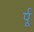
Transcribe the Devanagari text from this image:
र्पू